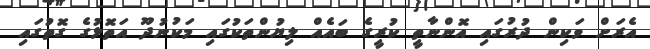
އެރަށް ވަކިން ދުރުގައި އޮންނާތީ ކުރީގެ ބައެއް ލިޔުންތަކުގައި މަކުނުދޫ އަތޮޅުގެ ގޮތުގައި